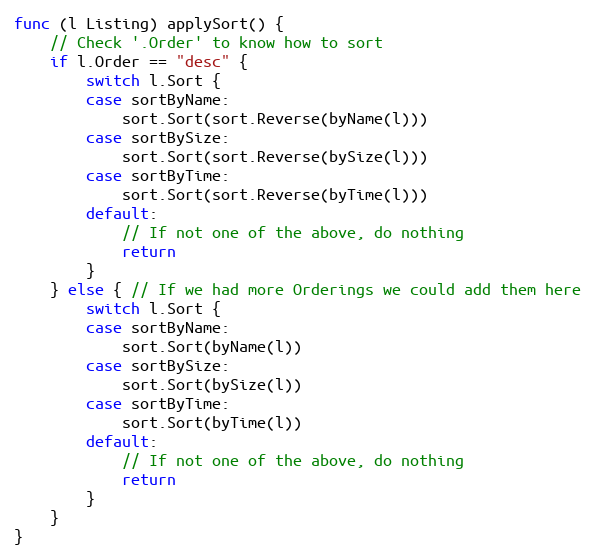
Language: Go
func (l Listing) applySort() {
	// Check '.Order' to know how to sort
	if l.Order == "desc" {
		switch l.Sort {
		case sortByName:
			sort.Sort(sort.Reverse(byName(l)))
		case sortBySize:
			sort.Sort(sort.Reverse(bySize(l)))
		case sortByTime:
			sort.Sort(sort.Reverse(byTime(l)))
		default:
			// If not one of the above, do nothing
			return
		}
	} else { // If we had more Orderings we could add them here
		switch l.Sort {
		case sortByName:
			sort.Sort(byName(l))
		case sortBySize:
			sort.Sort(bySize(l))
		case sortByTime:
			sort.Sort(byTime(l))
		default:
			// If not one of the above, do nothing
			return
		}
	}
}